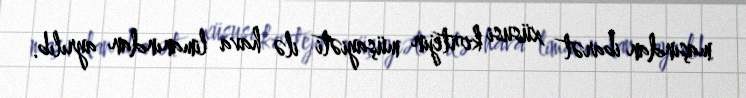
maşından ibarət xüsusi kortejin müşayiəti ilə hava limanından ayrılıb.